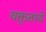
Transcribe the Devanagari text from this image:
वक्तृतायें